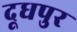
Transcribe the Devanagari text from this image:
दूधपुर